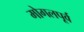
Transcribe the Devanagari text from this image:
मोगलपूर्व